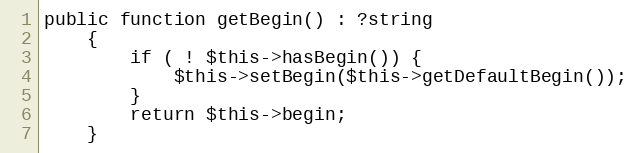
Language: PHP
public function getBegin() : ?string
    {
        if ( ! $this->hasBegin()) {
            $this->setBegin($this->getDefaultBegin());
        }
        return $this->begin;
    }